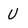
Character: U